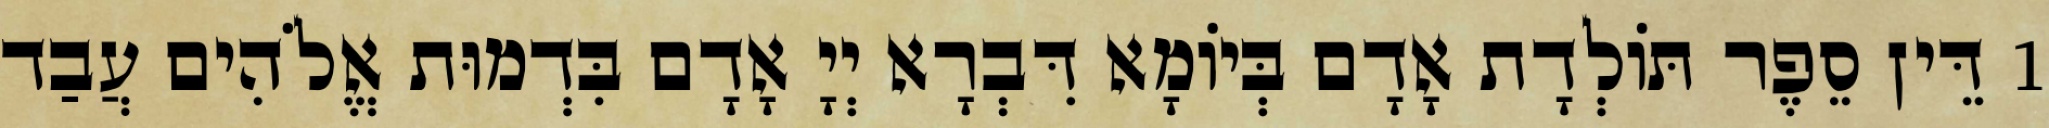
1 דֵּין סֵפֶר תּוֹלְדָת אָדָם בְּיוֹמָא דִּבְרָא יְיָ אָדָם בִּדְמוּת אֱלֹהִים עֲבַד